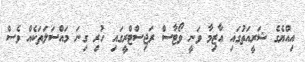
އިއްޔެގެ ޝަރީއަތުގައި އާޒިމާ ވަނީ ވޯޓާސް ރަޖިސްޓްރީގައި ހުރި ގިނަ މައްސަލަތަކެއް ވެސް